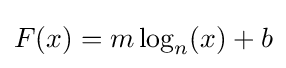
F(x)=m\log _{n}(x)+b